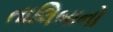
તાલિબાનો